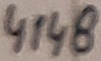
Text: 4148